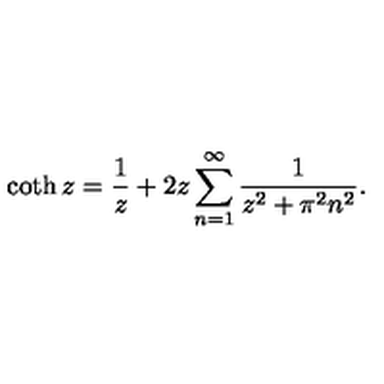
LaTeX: \coth z = \frac { 1 } { z } + 2 z \sum _ { n = 1 } ^ { \infty } \frac { 1 } { z ^ { 2 } + \pi ^ { 2 } n ^ { 2 } } { . }